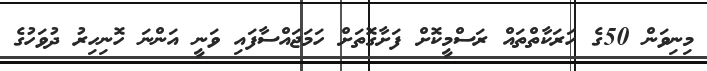
މިނިވަން 50ގެ ހަރަކާތްތައް ރަސްމީކޮށް ފަށާގޮތަށް ހަމަޖައްސާފައި ވަނީ އަންނަ ހޮނިހިރު ދުވަހުގެ